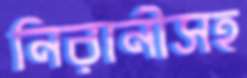
নিরানীসহ